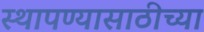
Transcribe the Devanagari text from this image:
स्थापण्यासाठीच्या